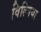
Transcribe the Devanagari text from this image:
विल्निया